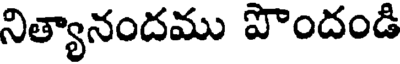
నిత్యానందము పొందండి